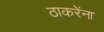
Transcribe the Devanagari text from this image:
ठाकरेंना